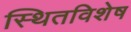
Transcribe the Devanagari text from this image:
स्थितविशेष